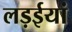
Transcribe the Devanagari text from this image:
लड़ईयां